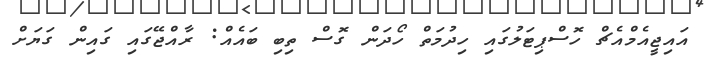
އައިޖީއެމްއެޗް ހޮސްޕިޓަލުގައި ހިދުމަތް ހޯދަން ގޮސް ތިބި ބައެއް: ރާއްޖޭގައި ގައިން ގަޔަށް